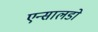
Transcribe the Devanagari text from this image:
एन्सालडो